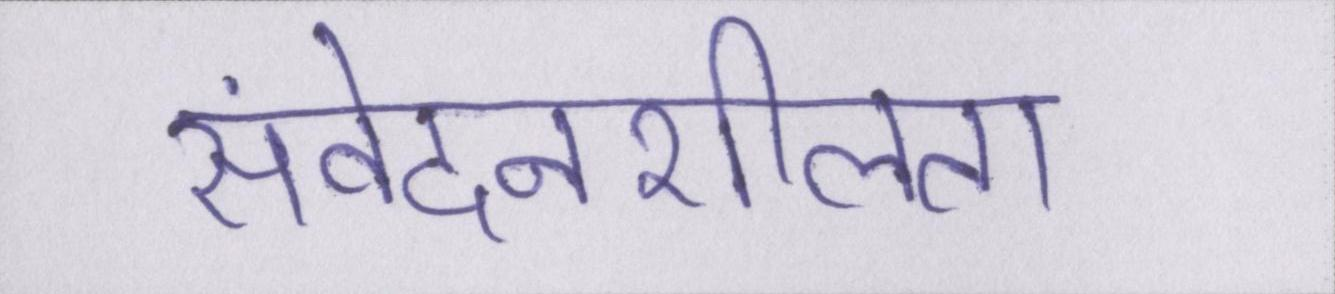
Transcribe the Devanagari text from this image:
संवेदनशीलता